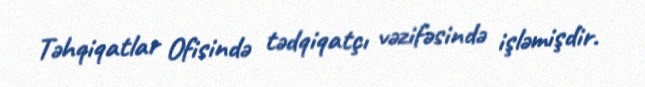
Təhqiqatlar Ofisində tədqiqatçı vəzifəsində işləmişdir.